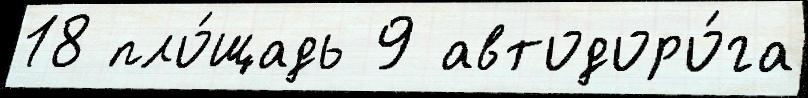
18 пло́щадь 9 автодоро́га